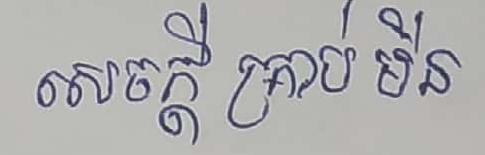
សេចក្ដី គ្រាប់មីន